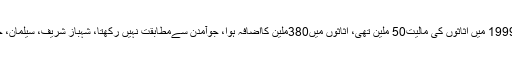
سماعت میں نیب کا کہنا تھا شہبازشریف فیملی کے1999 میں اثاثوں کی مالیت50 ملین تھی، اثاثوں میں380ملین کااضافہ ہوا، جوآمدن سےمطابقت نہیں رکھتا، شہباز شریف، سیلمان، حمزہ اور نصرت شہباز منی لانڈرنگ میں ملوث ہیں۔